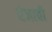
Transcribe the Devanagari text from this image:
रंजाची